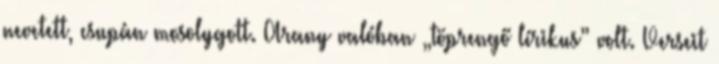
nevetett, csupán mosolygott. Arany valóban „töprengő lírikus” volt. Verseit